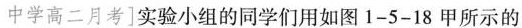
中学高二月考\right]实验小组的同学们用如图1-5-18甲所示的